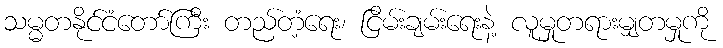
သမ္မတနိုင်ငံတော်ကြီး တည်တံ့ရေး၊ ငြိမ်းချမ်းရေးနဲ့ လူမှုတရားမျှတမှုကို